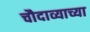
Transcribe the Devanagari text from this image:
चौदाव्याच्या